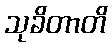
သုခိတာတိ